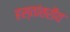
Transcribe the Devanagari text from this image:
हस्‍तांतरीय